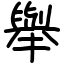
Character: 舉